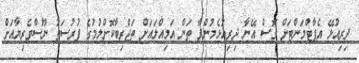
ދިރިއުޅޭ އެޕާޓްމަންޓަށް ގޮސް އޭނާ ދިރިއުޅެމުންދާ ތަން އަމިއްލައަށް ތަޖްރިބާކޮށްލުމުގެ ފުރުސަތު ނޫސްވެރިޔާއަށް